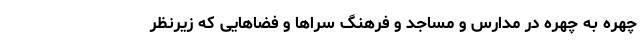
چهره به چهره در مدارس و مساجد و فرهنگ سرا‌ها و فضا‌هایی که زیرنظر